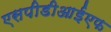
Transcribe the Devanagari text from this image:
एसपीडीआईएफ